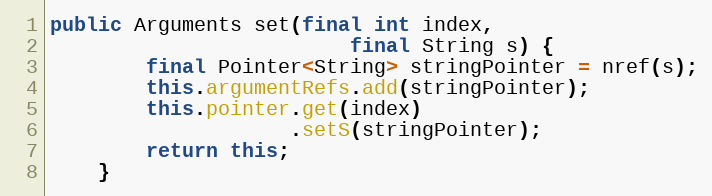
Language: Java
public Arguments set(final int index,
                         final String s) {
        final Pointer<String> stringPointer = nref(s);
        this.argumentRefs.add(stringPointer);
        this.pointer.get(index)
                    .setS(stringPointer);
        return this;
    }